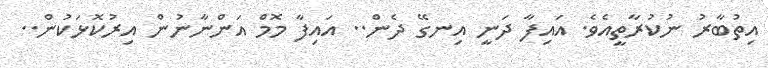
އިތުބާރު ނުކުރާތީއެވެ. އައިފާ ދަނީ އިނގޭ ދެން.. އައިފާ މޮމް އަންނާނުން އިރުކޮޅަކުން..